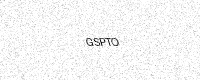
Text: GSPTO